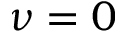
\nu = 0